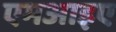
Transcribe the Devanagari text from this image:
एमआइए